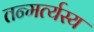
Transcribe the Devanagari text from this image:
तन्मर्त्यस्य